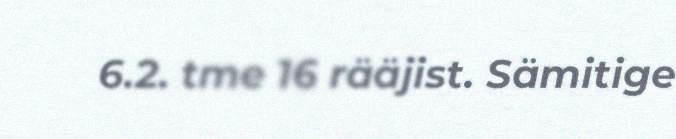
6.2. tme 16 rääjist. Sämitige